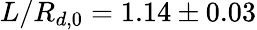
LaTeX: L/R_{d,0}=1.14\pm 0.03